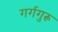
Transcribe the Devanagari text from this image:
गर्गगुरू